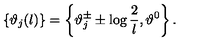
\left\{ \vartheta _ { j } ( l ) \right\} = \left\{ \vartheta _ { j } ^ { \pm } \pm \log \displaystyle \frac { 2 } { l } , \vartheta ^ { 0 } \right\} .